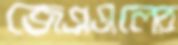
জেএএলের